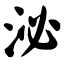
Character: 泌